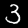
Label: 3